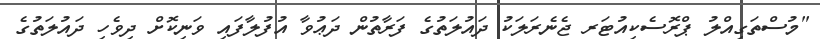
"މުސްތަގިއްލު ޕްރޮސެކިއުޓަރ ޖެނެރަލަކު ދައުލަތުގެ ފަރާތުން ދަޢުވާ އުފުލާފައި ވަނިކޮށް ދިވެހި ދައުލަތުގެ